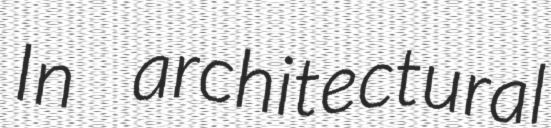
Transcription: In architectural